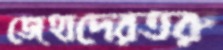
জেহাদেরতরু